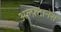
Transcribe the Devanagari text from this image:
अल्फ़्टानेस